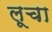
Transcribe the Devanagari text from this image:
लूचा